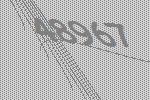
48967